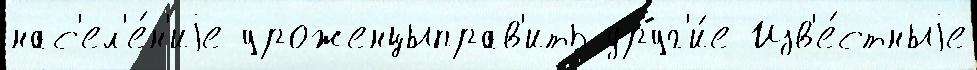
нас'ел'е́н'иjе уроженцыправ'ить друг'и́е Изв'е́стныjе